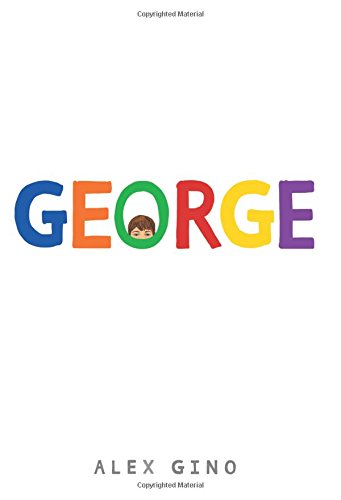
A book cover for George; Alex Gino; Literature & Fiction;